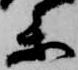
参